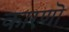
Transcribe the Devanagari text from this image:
कारणॊ